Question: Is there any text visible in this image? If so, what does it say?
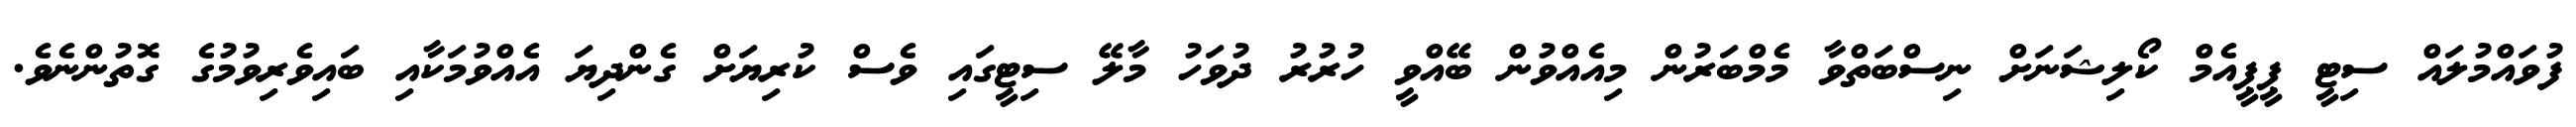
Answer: ފުވައްމުލައް ސިޓީ ޕީޕީއެމް ކޯލިޝަނަށް ނިސްބަތްވާ މެމްބަރުން މިއެއްވުން ބޭއްވީ ހުރުރު ދުވަހު މާލޭ ސިޓީގައި ވެސް ކުރިޔަށް ގެންދިޔަ އެއްވުމަކާއި ބައިވެރިވުމުގެ ގޮތުންނެވެ.